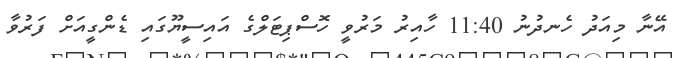
އޭނާ މިއަދު ހެނދުނު 11:40 ހާއިރު މަރުވީ ހޮސްޕިޓަލްގެ އައިސީޔޫގައި ޑެންގީއަށް ފަރުވާ